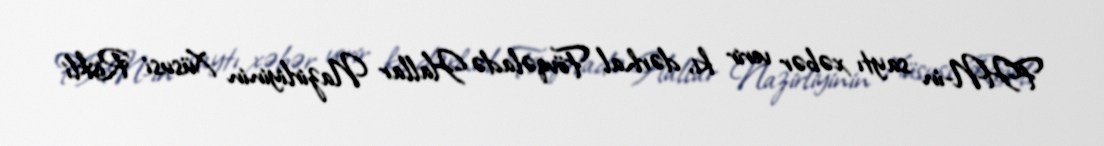
FHN-in saytı xəbər verir ki, dərhal Fövqəladə Hallar Nazirliyinin Xüsusi Riskli